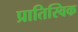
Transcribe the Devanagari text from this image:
प्रातिस्विक